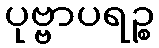
ပုဗ္ဗာပရဉ္စ